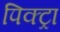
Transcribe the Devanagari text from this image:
पिक्ट्रा